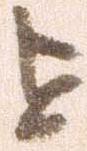
を